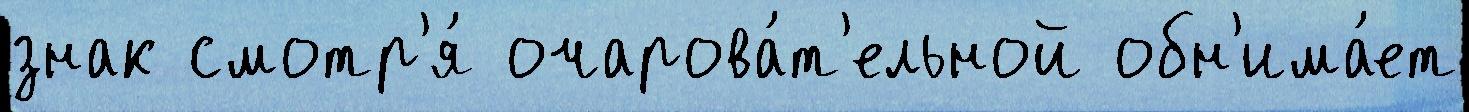
знак смотр'я́ очарова́т'ельной обн'има́ет